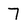
Character: 7